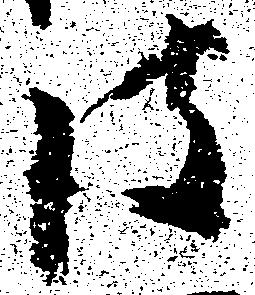
彼